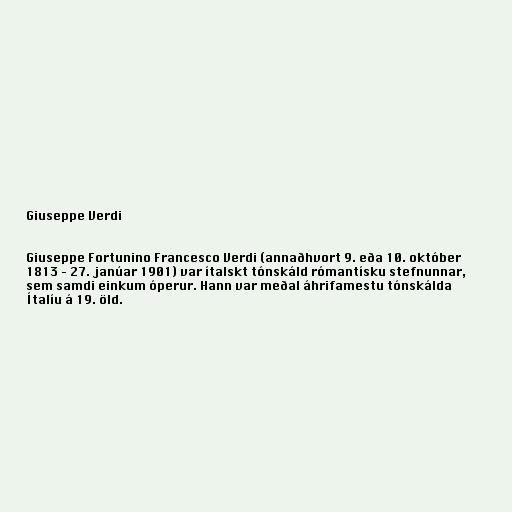
Giuseppe Verdi

Giuseppe Fortunino Francesco Verdi (annaðhvort 9. eða 10. október
1813 – 27. janúar 1901) var ítalskt tónskáld rómantísku stefnunnar,
sem samdi einkum óperur. Hann var meðal áhrifamestu tónskálda
Ítalíu á 19. öld.